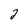
Character: 2